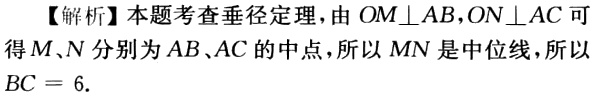
【解析】本题考查垂径定理，由 \(OM\perp AB,ON\perp AC\) 可得 \(M、N\) 分别为 \(AB、AC\) 的中点，所以 \(MN\) 是中位线，所以 \(BC = 6\).